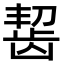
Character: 𫜩